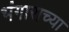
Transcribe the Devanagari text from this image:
भंगाराच्या